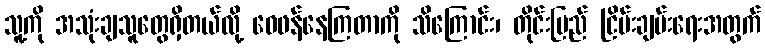
သူ့ကို အသုံးချသူတွေရှိတယ်လို့ ဝေဖန်နေကြတာကို သိကြောင်း၊ တိုင်းပြည် ငြိမ်းချမ်းရေးအတွက်